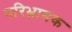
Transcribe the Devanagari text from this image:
परिभ्रामक